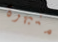
منبهرة